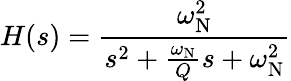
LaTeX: H(s)={\frac{\omega_{\mathrm{N}}^{2}}{s^{2}+{\frac{\omega_{\mathrm{N}}}{Q}}s+\omega_{\mathrm{N}}^{2}}}